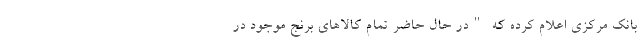
بانک مرکزی اعلام کرده که "در حال حاضر تمام کالاهای برنج موجود در